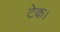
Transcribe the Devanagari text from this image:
टेक।